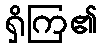
ရှိကြ၏